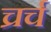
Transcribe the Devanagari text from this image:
च्रर्च